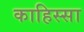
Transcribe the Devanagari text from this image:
काहिस्सा